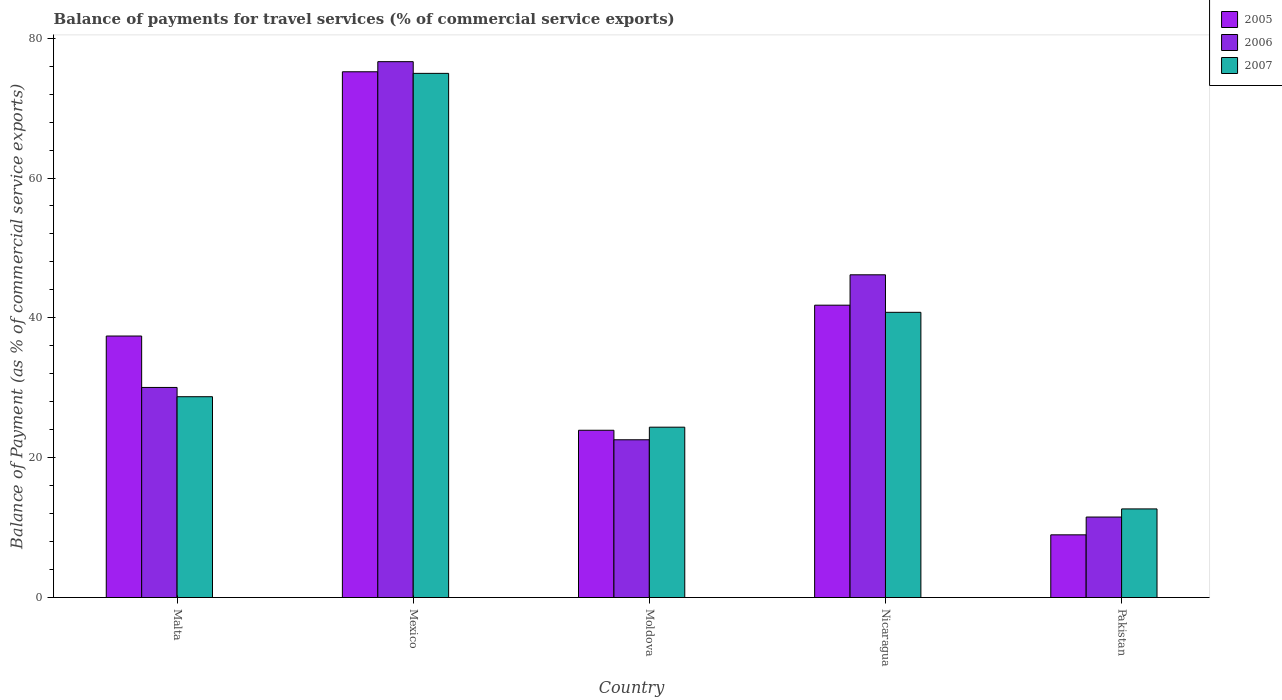
| Country | 2005 | 2006 | 2007 |
 | --- | --- | --- | --- |
 | Malta | 37.4 | 30 | 28.7 |
 | Mexico | 75.2 | 76.6 | 75 |
 | Moldova | 23.9 | 22.6 | 24.4 |
 | Nicaragua | 41.8 | 46.2 | 40.8 |
 | Pakistan | 8.97 | 11.5 | 12.7 |